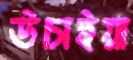
উচাইয়া